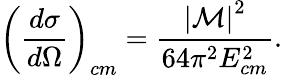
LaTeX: \left(\frac{d\sigma}{d\Omega}\right)_{cm}=\frac{\left\vert\mathcal{M}\right\vert^{2}}{64\pi^{2}E_{cm}^{2}}.